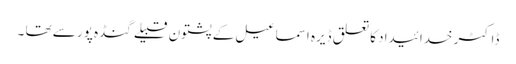
ڈاکٹر خدائیداد کا تعلق ڈیرہ اسماعیل کے پشتون قبیلے گنڈہ پور سے تھا ۔